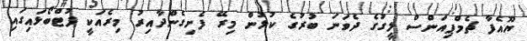
ޔޫއެފާ ޗެމްޕިއަންސް ލީގުގެ ދެވަނަ ބުރުގެ ކުޅުން މިރޭ ފެށިގެންދާއިރު މިރެއަކީ ފުޓްބޯޅައިގައި